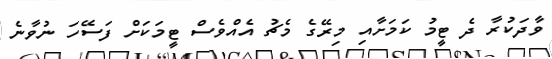
ވާދަކުރާ ދެ ޓީމު ކަމަށާއި މިރޭގެ މެޗު އެއްވެސް ޓީމަކަށް ފަސޭހަ ނުވާނެ